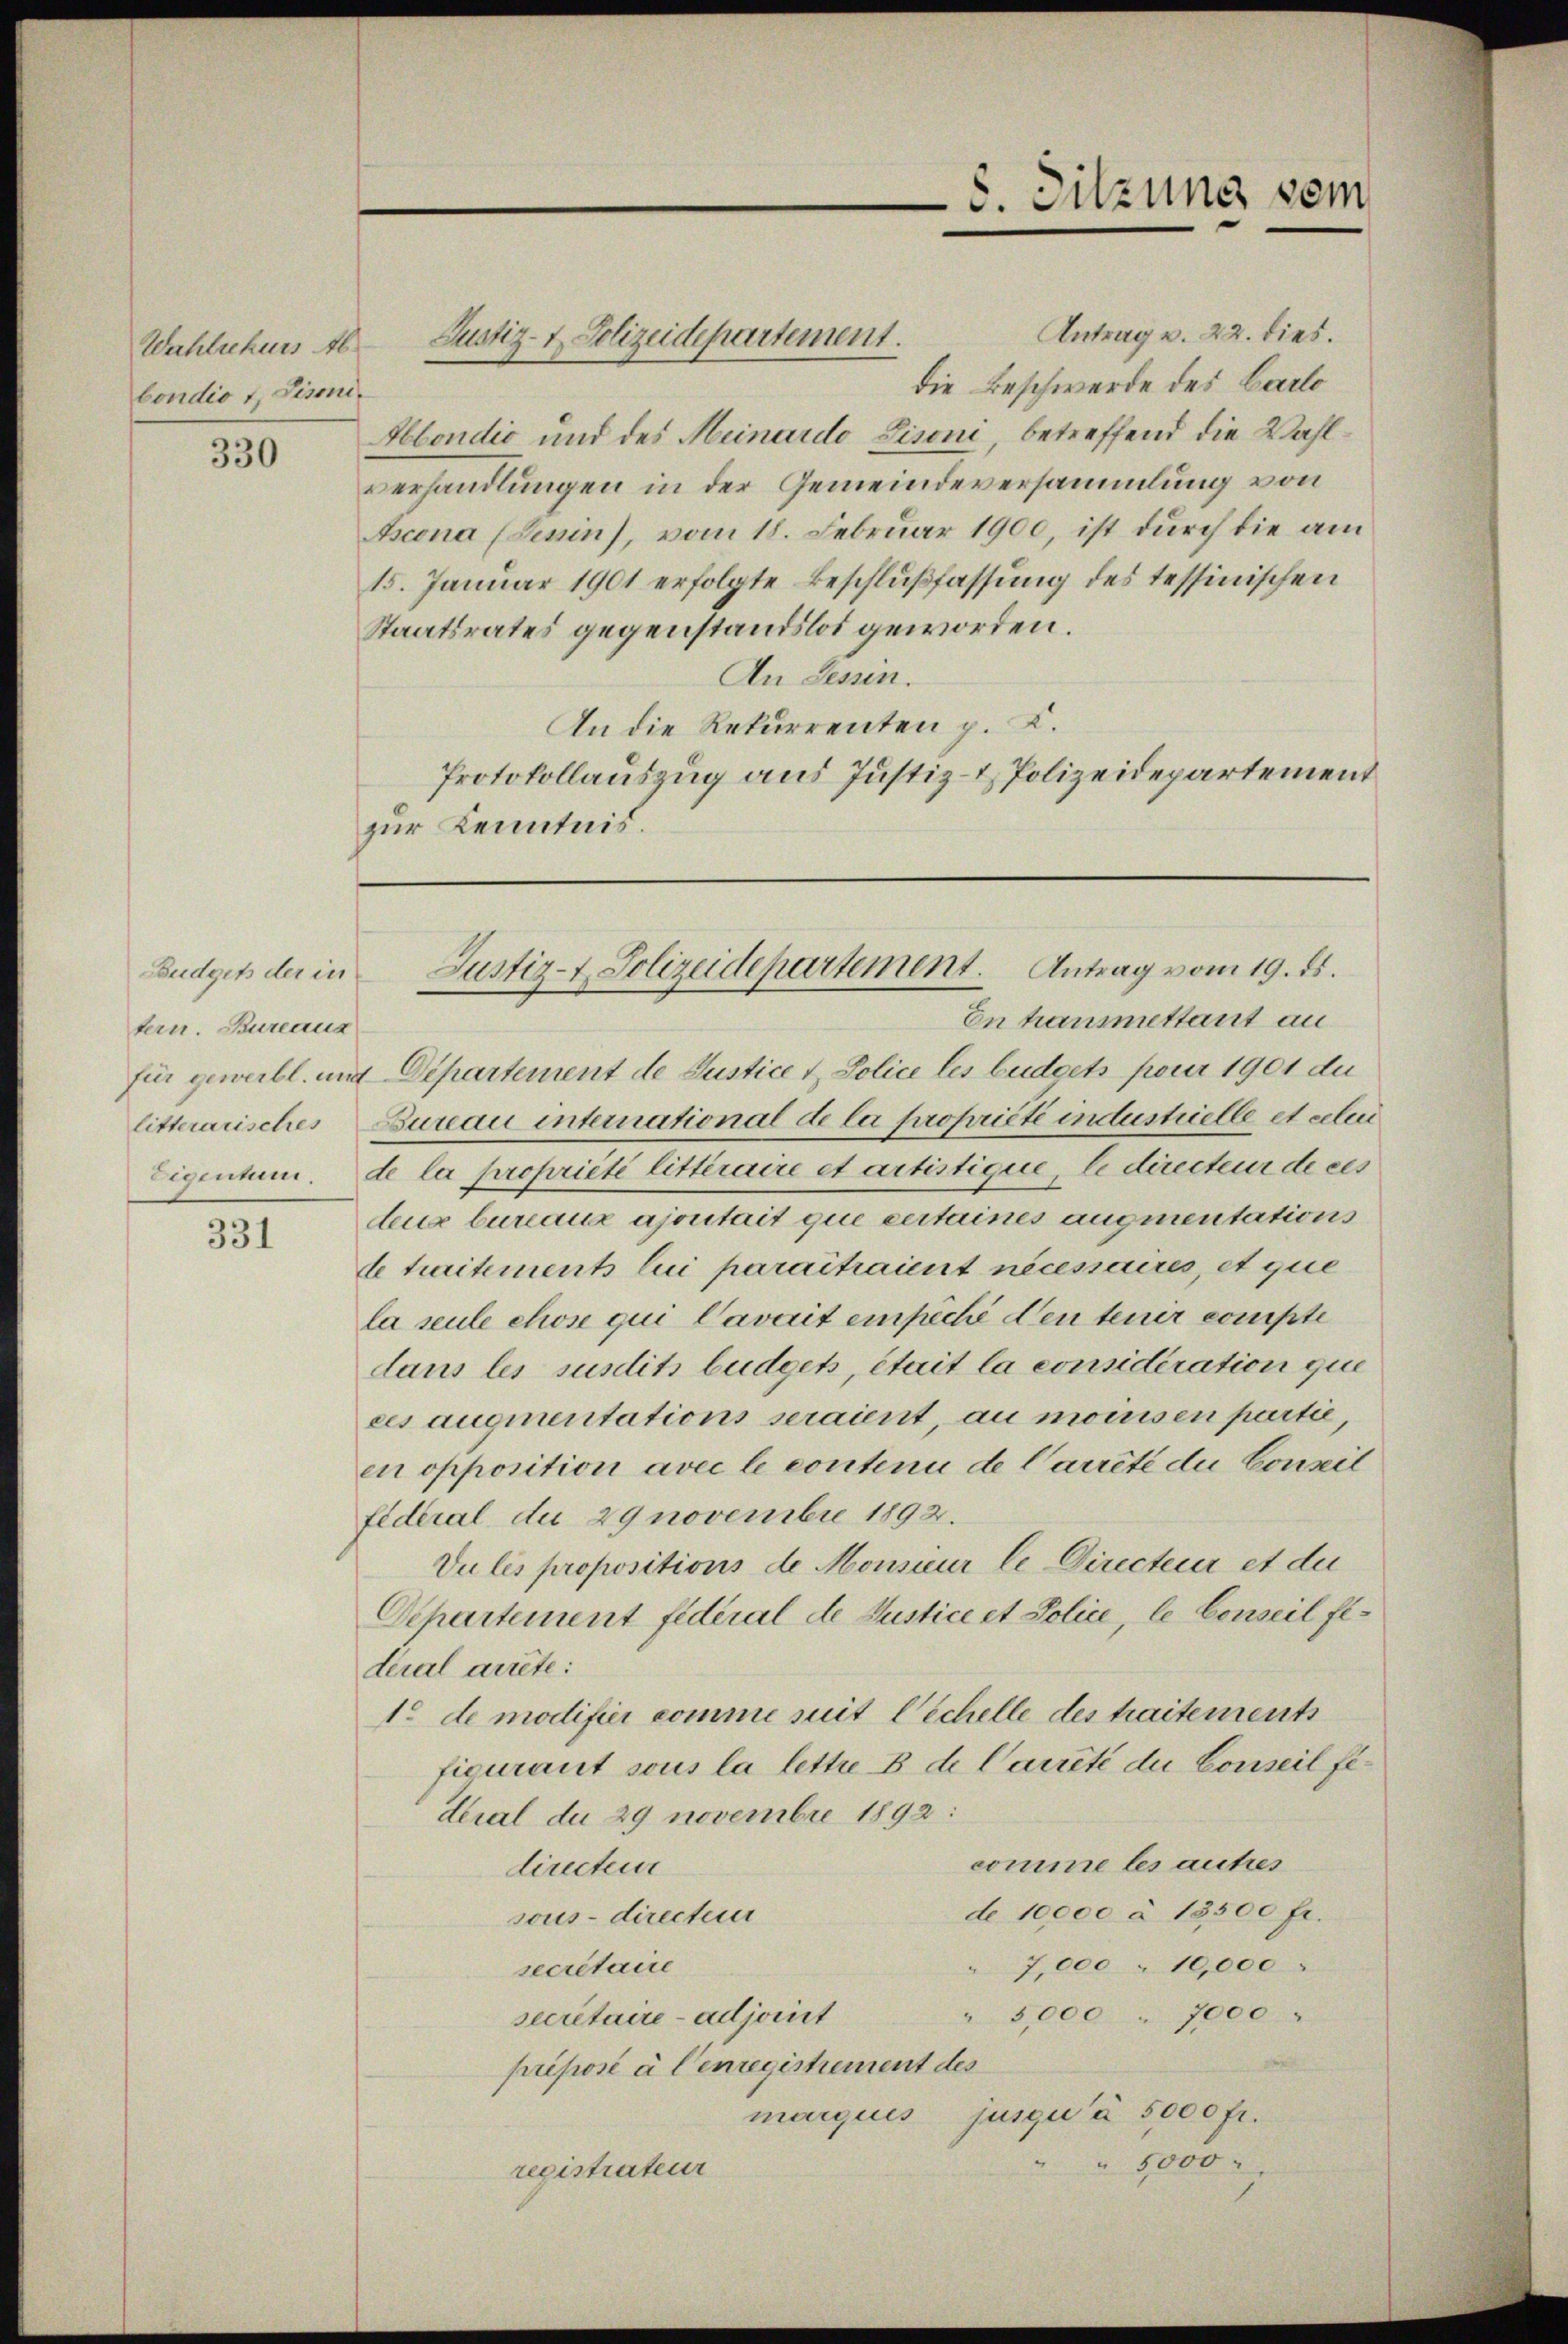
Wahlrekurs Ab
bondio 1, Lismi¬

330

Budgets der in
tern. Bureaux

331

Justiz- & Polizeidepartement.

5. Sitzung vom

Antrag v. 22. dies.
die Beschwerde des Carlo
Abondić und des Meinardo Liseni, betreffend die Wahlverhandlungen in der Gemeindeversammlung von
Ascona (Lenin), vom 18. Februar 1900, ist durch die am
15. Januar 1901 erfolgte Beschlußfassung des tessinischen
Staatsrates gegenstandslos geworden.
An Tessin.
An die Rekurrenten p. C.
Protokollauszug aus Justiz- & Polizeidepartement
zur Kenntnis.

En hausmittant an
für gewerbt. und Departement de Justice & Police les büdgets pour 1901 du
litterarisches Bureau international de la propriété industrielle et celen
Eigentum. de la propriété litteraire et artistigue, le directeur de ces
deux bureau ajoutait que certaines augmentations
de traitements lui paraitraient nécessaires, et que
la seule chose qui avait einfache den tenir compte
dans les susdits büdgets, était la considération que
ces augmentations seraient, au moinsen partie,
en opposition avec le contenu de Carrité du Conseil
fideral du 29 novembre 1892.
Vu les propositions de Monsieur le Directeur et die
Departement fidéral de Justice et Police, le Conseil fideral arrête:
1. de modifier komme mit Eichelle des traitements
ficurant sous la lettre B. de Carreté du Conseil fideral du 29 novembre 1892:
comme les autres
directeur
de 10000 à 18500 fr.
sous directen
7,000 " 10,000
secretaire
5,000 " 7000
secretaire - adjoint
priposé à Cenregistrement des
marquis jusqu’à 5000 fr.
" 5,000
registrateur

Justiz- Polizeidepartement. Antrag vom 19. ds.